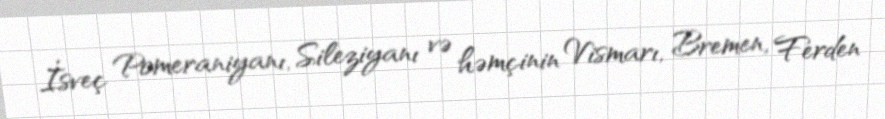
İsveç Pomeraniyanı, Sileziyanı və həmçinin Vismarı, Bremen, Ferden